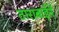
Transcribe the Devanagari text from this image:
ताराबाईनें